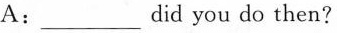
A：___did you do then？